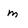
Character: m